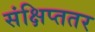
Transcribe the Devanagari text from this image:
संक्षिप्ततर